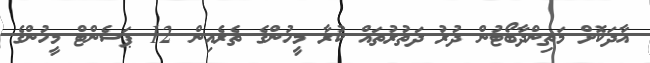
އާދަކޮށް މަތިންދާބޯޓުން ދުރު ދަތުރުތައް ކުރާ މީހުންގެ ތެރެއިން 12 ޕަސެންޓް މީހުންގެ